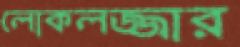
লোকলজ্জার